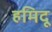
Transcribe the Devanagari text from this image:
हमिदू